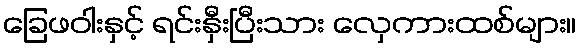
ခြေဖဝါးနှင့် ရင်းနှီးပြီးသား လှေကားထစ်များ။